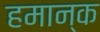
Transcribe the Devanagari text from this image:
हमान्क